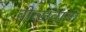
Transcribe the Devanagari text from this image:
बोत्‍सवाना